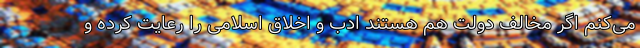
می‌کنم اگر مخالف دولت هم هستند ادب و اخلاق اسلامی را رعایت کرده و